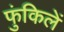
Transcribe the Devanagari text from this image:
फुंकिलें